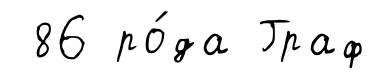
86 ро́да Граф